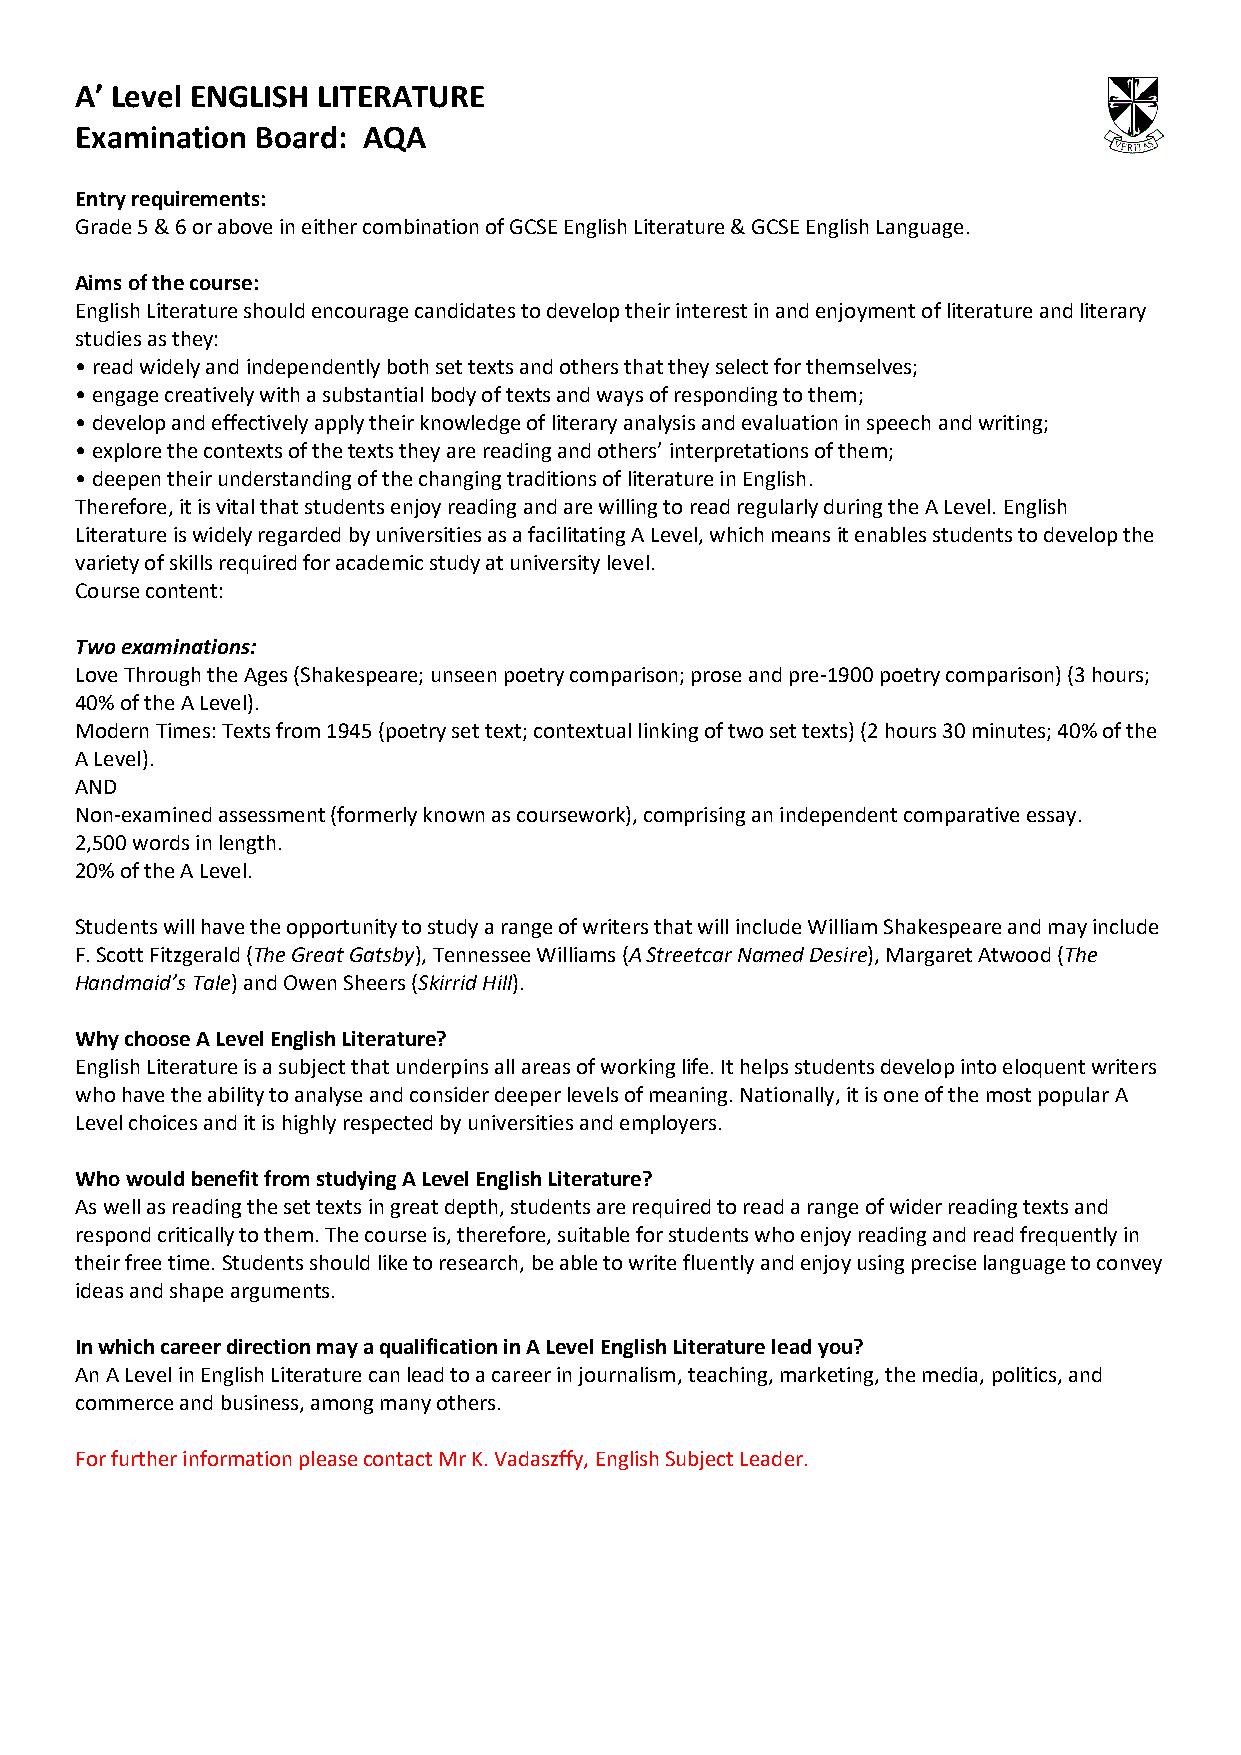
A’ Level ENGLISH LITERATURE
 Examination Board: AQA
 Entry requirements:
 Grade 5 & 6 or above in either combination of GCSE English Literature & GCSE English Language.
 Aims of the course:
 English Literature should encourage candidates to develop their interest in and enjoyment of literature and literary
 studies as they:
 • read widely and independently both set texts and others that they select for themselves;
 • engage creatively with a substantial body of texts and ways of responding to them;
 • develop and effectively apply their knowledge of literary analysis and evaluation in speech and writing;
 • explore the contexts of the texts they are reading and others’ interpretations of them;
 • deepen their understanding of the changing traditions of literature in English.
 Therefore, it is vital that students enjoy reading and are willing to read regularly during the A Level. English
 Literature is widely regarded by universities as a facilitating A Level, which means it enables students to develop the
 variety of skills required for academic study at university level.
 Course content:
 Two examinations:
 Love Through the Ages (Shakespeare; unseen poetry comparison; prose and pre-1900 poetry comparison) (3 hours;
 40% of the A Level).
 Modern Times: Texts from 1945 (poetry set text; contextual linking of two set texts) (2 hours 30 minutes; 40% of the
 A Level).
 AND
 Non-examined assessment (formerly known as coursework), comprising an independent comparative essay.
 2,500 words in length.
 20% of the A Level.
 Students will have the opportunity to study a range of writers that will include William Shakespeare and may include
 F. Scott Fitzgerald (The Great Gatsby), Tennessee Williams (A Streetcar Named Desire), Margaret Atwood (The
 Handmaid’s Tale) and Owen Sheers (Skirrid Hill).
 Why choose A Level English Literature?
 English Literature is a subject that underpins all areas of working life. It helps students develop into eloquent writers
 who have the ability to analyse and consider deeper levels of meaning. Nationally, it is one of the most popular A
 Level choices and it is highly respected by universities and employers.
 Who would benefit from studying A Level English Literature?
 As well as reading the set texts in great depth, students are required to read a range of wider reading texts and
 respond critically to them. The course is, therefore, suitable for students who enjoy reading and read frequently in
 their free time. Students should like to research, be able to write fluently and enjoy using precise language to convey
 ideas and shape arguments.
 In which career direction may a qualification in A Level English Literature lead you?
 An A Level in English Literature can lead to a career in journalism, teaching, marketing, the media, politics, and
 commerce and business, among many others.
 For further information please contact Mr K. Vadaszffy, English Subject Leader.